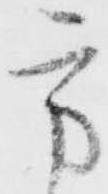
方